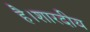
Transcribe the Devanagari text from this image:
है।शारदीय